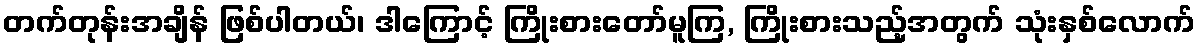
တက်တုန်းအချိန် ဖြစ်ပါတယ်၊ ဒါကြောင့် ကြိုးစားတော်မူကြ, ကြိုးစားသည့်အတွက် သုံးနှစ်လောက်